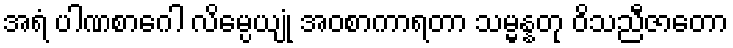
အရံ ပါဏစာဂေါ လိမ္ပေယျုံ အဝစာကာရတာ သမ္မန္နတု ဝိသညီဇာတော